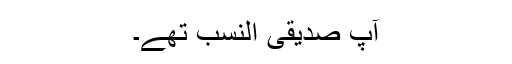
آپ صدیقی النسب تھے۔